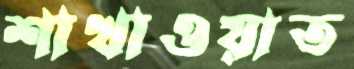
শাখাওয়াত